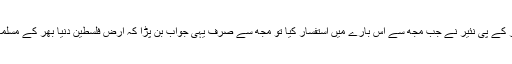
دی ٹیلیگراف کے سفارتی ایڈیٹر کے پی نئیر نے جب مجھ سے اس بارے میں استفسار کیا تو مجھ سے صرف یہی جواب بن پڑا کہ ارض فلسطین دنیا بھر کے مسلمانوں کی رگوں میں پیوست ہے۔